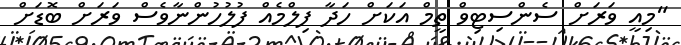
"މިއީ ވަރަށް ސެންސިޓިވް ތީމް އަކަށް ހަދާ ފިލްމެއް ފުލުހުންނާވެސް ވަރަށް ބޮޑަށް